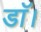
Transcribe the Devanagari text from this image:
डाॅ।